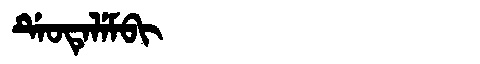
Manchu: ᡩᡝᠣᡨᡝᠯᡝᠮᠪᡳ
Romanization: DEOTELEMBI